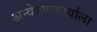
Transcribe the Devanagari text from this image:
अन्वेषणकार्याला